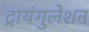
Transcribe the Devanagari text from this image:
ट्रायंगुलेशन